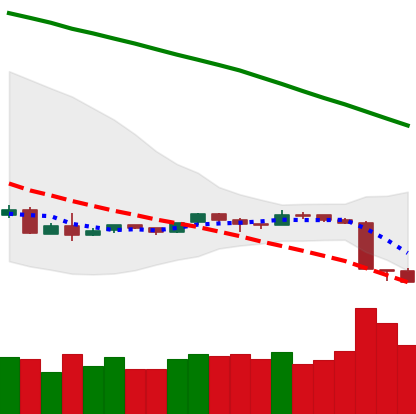
Ticker: ETH-USD
Chart end date: 2018-09-07
Forward return: -15.595%
Label: down_7plus